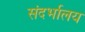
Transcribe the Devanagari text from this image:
संदर्भालय